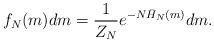
LaTeX: \begin{align*} f_N(m)dm = \frac{1}{Z_N}e^{-N \bar{H}_N(m) }dm.\end{align*}